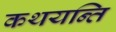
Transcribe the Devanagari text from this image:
कथयन्ति